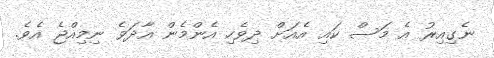
ނެގިއިރު އެ މަސް ކައި އެއަށް ދިވެހި އެންމެން އާދަވެ ނިމިއްޖެ އެވެ.